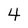
Character: 4